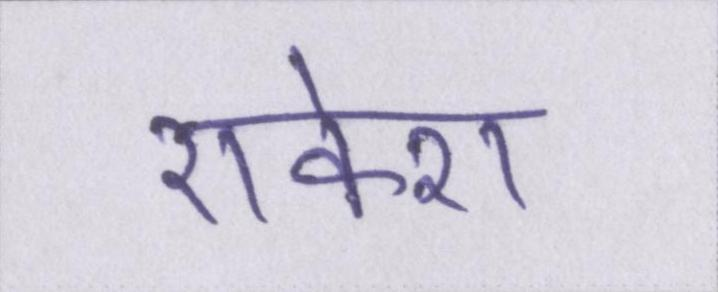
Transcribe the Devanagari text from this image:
राकेश